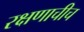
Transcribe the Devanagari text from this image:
रक्षणाचीच